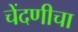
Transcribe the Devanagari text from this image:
चेंदणीचा